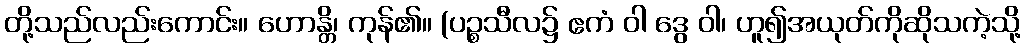
တို့သည်လည်းကောင်း။ ဟောန္တိ၊ ကုန်၏။ (ပဉ္စသီလ၌ ဧကံ ဝါ ဒွေ ဝါ၊ ဟူ၍အယုတ်ကိုဆိုသကဲ့သို့